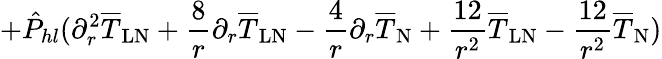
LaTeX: +\hat{P}_{hl}(\partial_{r}^{2}\overline{{T}}_{\mathrm{LN}}+\frac{8}{r}\partial_{r}\overline{{T}}_{\mathrm{LN}}-\frac{4}{r}\partial_{r}\overline{{T}}_{\mathrm{N}}+\frac{12}{r^{2}}\overline{{T}}_{\mathrm{LN}}-\frac{12}{r^{2}}\overline{{T}}_{\mathrm{N}})